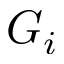
G _ { i }